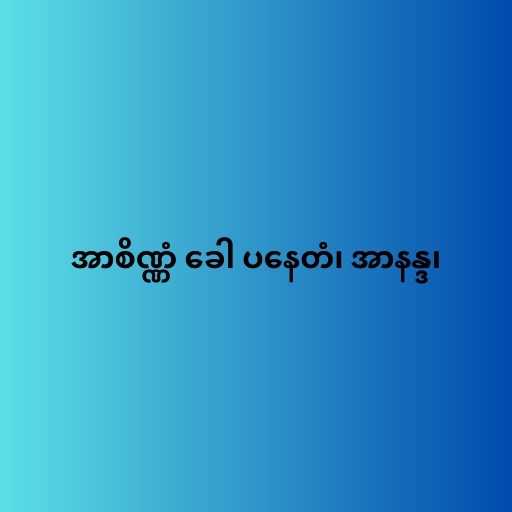
အာစိဏ္ဏံ ခေါ ပနေတံ၊ အာနန္ဒ၊